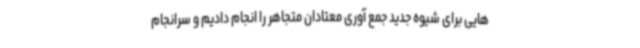
هایی برای شیوه جدید جمع آوری معتادان متجاهر را انجام دادیم و سرانجام